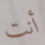
أنت